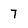
Character: 7